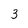
Character: 3